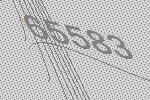
65583